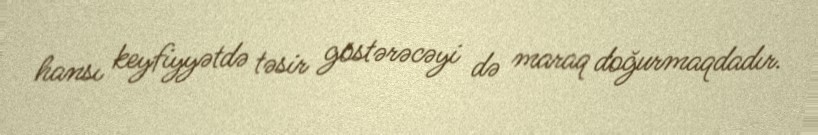
hansı keyfiyyətdə təsir göstərəcəyi də maraq doğurmaqdadır.